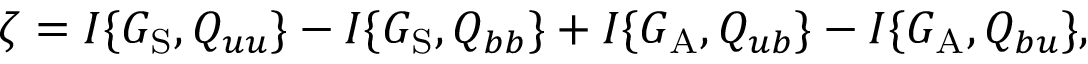
\zeta = I \{ { G _ { \mathrm { { S } } } , Q _ { u u } } \} - I \{ { G _ { \mathrm { { S } } } , Q _ { b b } } \} + I \{ { G _ { \mathrm { { A } } } , Q _ { u b } } \} - I \{ { G _ { \mathrm { { A } } } , Q _ { b u } } \} ,